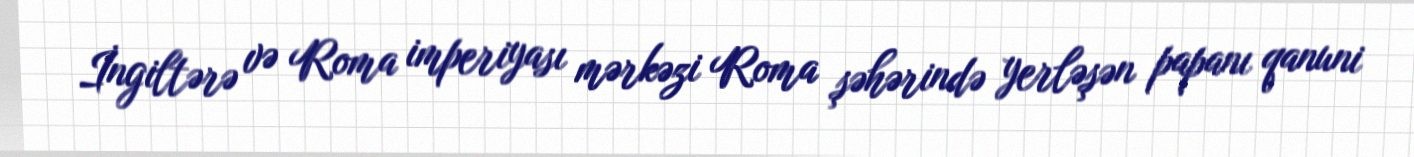
İngiltərə və Roma imperiyası mərkəzi Roma şəhərində yerləşən papanı qanuni